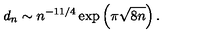
d _ { n } \sim n ^ { - 1 1 / 4 } \exp \left( \pi \sqrt { 8 n } \right) .